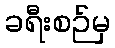
ခရီးစဉ်မှ